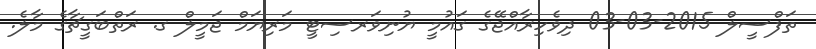
ތަފްސީލް 2015-03-03 ދިވެހިރާއްޖޭގެ ގައުމީ ޔުނިވަރސިޓީ މަރިޔަމް ޖަމީލް ގ. ރަތްބަގީޗާގެ މާލެ.